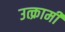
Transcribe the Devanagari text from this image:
उत्क्रामी